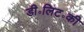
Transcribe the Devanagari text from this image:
डी॰लिट॰की